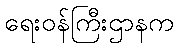
ရေးဝန်ကြီးဌာနက